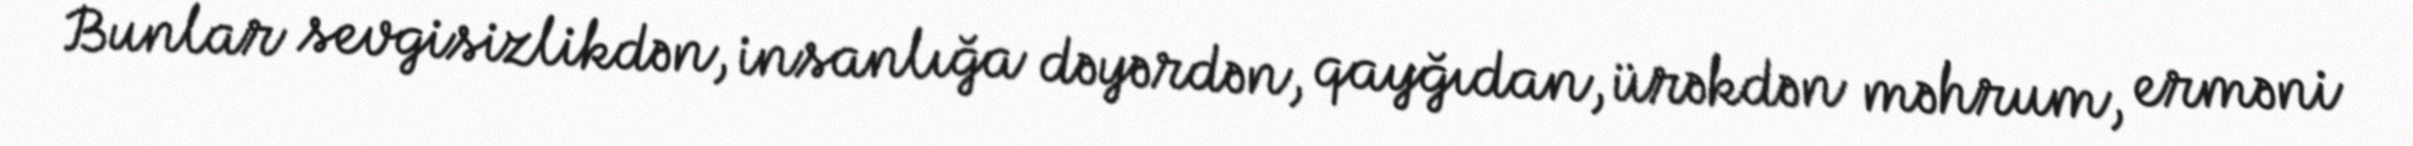
Bunlar sevgisizlikdən, insanlığa dəyərdən, qayğıdan, ürəkdən məhrum, erməni